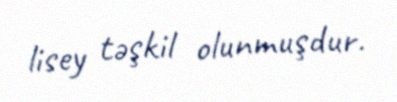
lisey təşkil olunmuşdur.